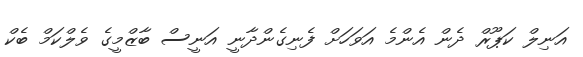
އަނިލް ކަޕޫރް ދެން އެންމެ އަވަހަށް ފެނިގެންދާނީ އަނީސް ބާޒްމީގެ ވެލްކަމް ބެކް